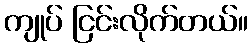
ကျုပ် ငြင်းလိုက်တယ်။